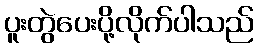
ပူးတွဲပေးပို့လိုက်ပါသည်